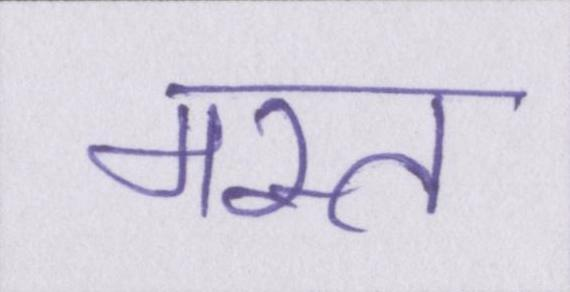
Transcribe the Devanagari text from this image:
मस्त